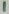
Text: 1